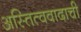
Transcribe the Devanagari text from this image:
अस्तित्ववादाची